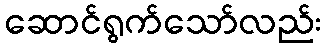
ဆောင်ရွက်သော်လည်း